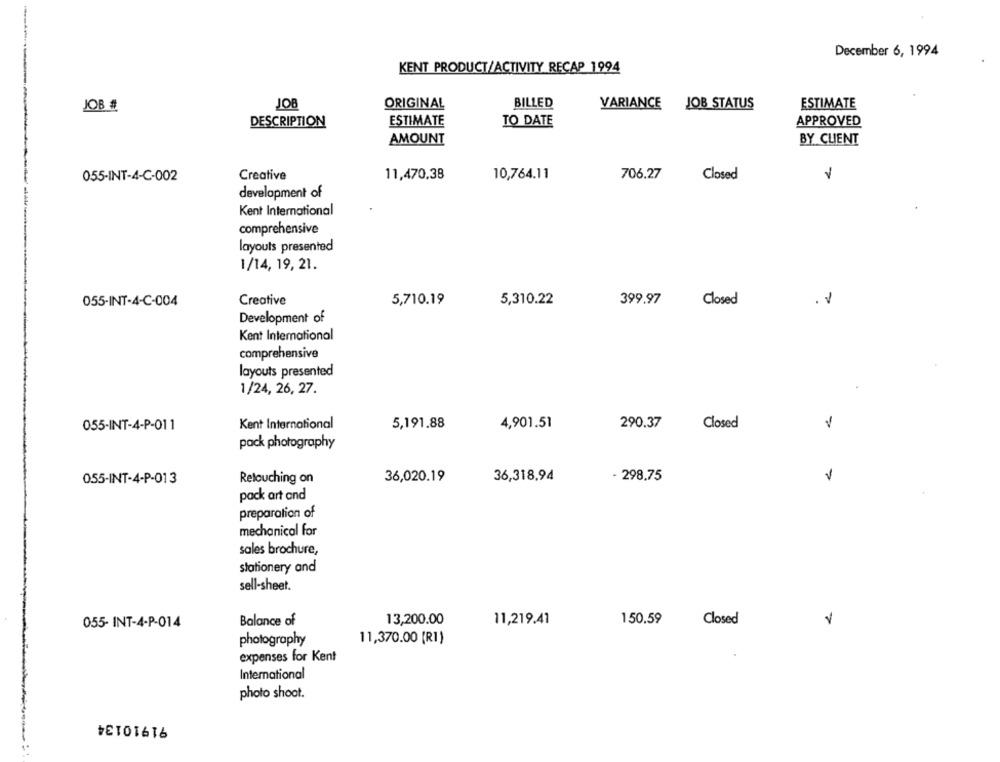
December 6, 1994
KENT PRODUCT/ACTIVITY RECAP 1994
JOB
ORIGINAL
BILLED
VARIANCE JOB STATUS
ESTIMATE
JOB #
DESCRIPTION
ESTIMATE
TO DATE
APPROVED
AMOUNT
BY CLIENT
Creative
11,470,38
10,764.11
706.27
Closed
055-INT-4-C-002
development of
Kent International
comprehensive
layouts presented
1/14, 19, 21.
055-INT-4-C-004
Creative
5,710.19
5,310.22
399.97
Closed
. 1
Development of
Kent International
comprehensive
layouts presented
1/24, 26, 27.
055-INT-4-P-011
Kent International
5,191.88
4,901.51
290.37
Closed
V
pack photography
055-INT-4-P-013
Retouching on
36,020.19
36,318,94
- 298.75
pack art and
preparation of
mechanical for
sales brochure,
stationery and
sell-sheet.
055- INT-4-P-014
Balance of
13,200.00
11,219.41
150.59
Closed
photography
11,370.00 [R1)
expenses for Kent
International
photo shoot.
91910134